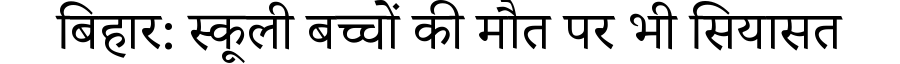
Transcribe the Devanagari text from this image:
बिहार: स्कूली बच्चों की मौत पर भी सियासत